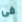
فى